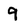
Character: 9